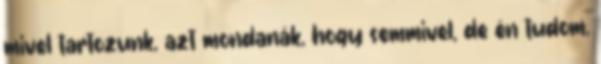
mivel tartozunk, azt mondanák, hogy semmivel, de én tudom,